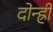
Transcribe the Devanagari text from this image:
दोन्ह्री